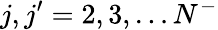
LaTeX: j,j^{\prime}=2,3,\dots N^{-}